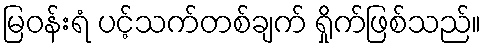
မြဝန်းရံ ပင့်သက်တစ်ချက် ရှိုက်ဖြစ်သည်။